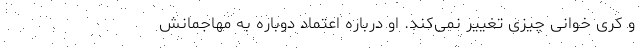
و کری خوانی چیزی تغییر نمی‌کند. او درباره اعتماد دوباره به مهاجمانش